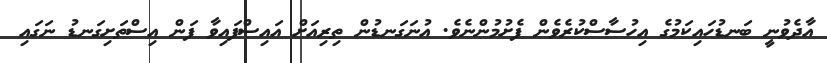
އާދެވުނީ ބަނޑުހައިކަމުގެ އިހުސާސްކުރެވެން ފެށުމުންނެވެ. އުނަގަނޑުން ތިރިއަށް އައިސްފައިވާ ފަން އިސްތަށިގަނޑު ނަގައި